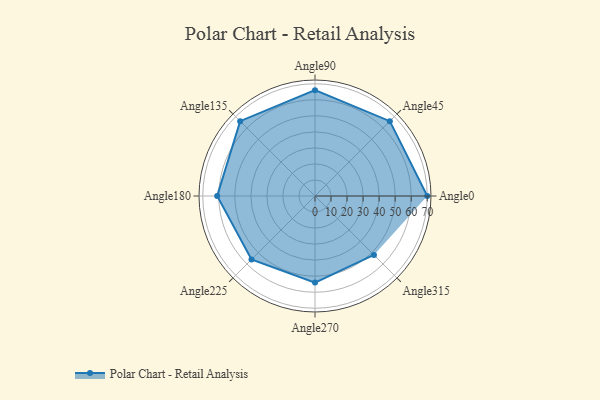
{"axis": {"x": "Angle", "y": "Radius"}, "legend": [""], "data": [{"x": "Angle0", "y": 70.0, "type": ""}, {"x": "Angle45", "y": 66.0, "type": ""}, {"x": "Angle90", "y": 66.0, "type": ""}, {"x": "Angle135", "y": 66.0, "type": ""}, {"x": "Angle180", "y": 61.0, "type": ""}, {"x": "Angle225", "y": 56.0, "type": ""}, {"x": "Angle270", "y": 54.0, "type": ""}, {"x": "Angle315", "y": 52.0, "type": ""}]}